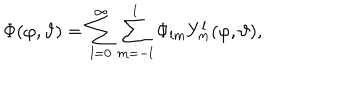
\Phi ( \varphi , \vartheta ) = \sum _ { l = 0 } ^ { \infty } \sum _ { m = - l } ^ { l } \Phi _ { l m } Y _ { m } ^ { l } ( \varphi , \vartheta ) ,